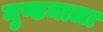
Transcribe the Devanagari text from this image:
मुण्डमाला